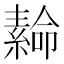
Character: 𦅫